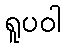
ရူပဝါ